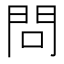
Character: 問